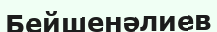
Бейшенәлиев